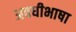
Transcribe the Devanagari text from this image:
अवधीभाषा